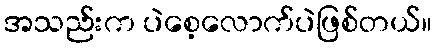
အသည်းက ပဲစေ့လောက်ပဲဖြစ်တယ်။